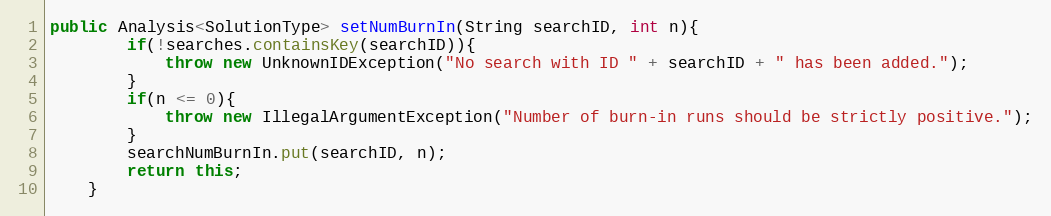
Language: Java
public Analysis<SolutionType> setNumBurnIn(String searchID, int n){
        if(!searches.containsKey(searchID)){
            throw new UnknownIDException("No search with ID " + searchID + " has been added.");
        }
        if(n <= 0){
            throw new IllegalArgumentException("Number of burn-in runs should be strictly positive.");
        }
        searchNumBurnIn.put(searchID, n);
        return this;
    }